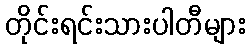
တိုင်းရင်းသားပါတီများ